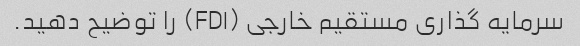
سرمایه گذاری مستقیم خارجی (FDI) را توضیح دهید.